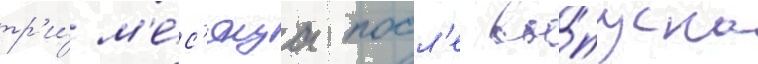
тр'и́ м'е́с'яца посл'е вы́пуска